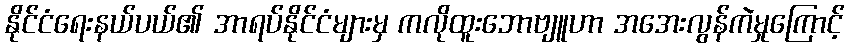
နိုင်ငံရေးနယ်ပယ်၏ အာရပ်နိုင်ငံများမှ ကလိုထူးဘောဗျူဟာ အအေးလွန်ကဲမှုကြောင့်